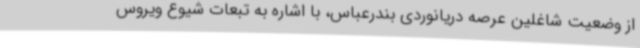
از وضعیت شاغلین عرصه دریانوردی بندرعباس، با اشاره به تبعات شیوع ویروس